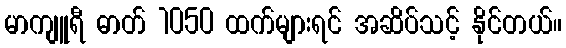
မာကျူရီ ဓာတ် 1050 ထက်များရင် အဆိပ်သင့် နိုင်တယ်။